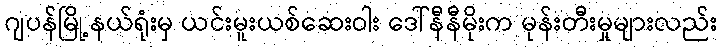
ဂျပန်မြို့နယ်ရုံးမှ ယင်းမူးယစ်ဆေးဝါး ဒေါ်နီနီမိုးက မုန်းတီးမှုများလည်း